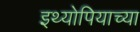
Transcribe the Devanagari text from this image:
इथ्योपियाच्या